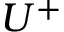
U ^ { + }